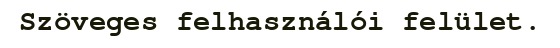
Szöveges felhasználói felület.